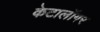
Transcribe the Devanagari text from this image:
केटालॉगर